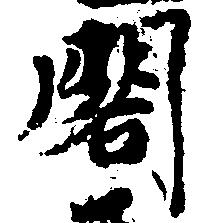
閣